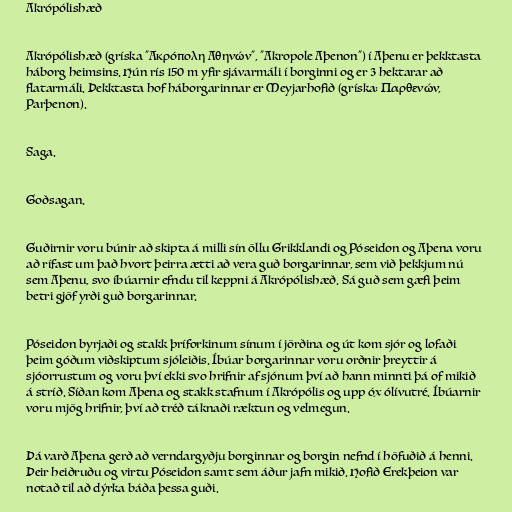
Akrópólishæð

Akrópólishæð (gríska "Ακρόπολη Αθηνών", "Akropole Aþenon") í Aþenu er þekktasta
háborg heimsins. Hún rís 150 m yfir sjávarmáli í borginni og er 3 hektarar að
flatarmáli. Þekktasta hof háborgarinnar er Meyjarhofið (gríska: Παρθενών,
Parþenon).

Saga.

Goðsagan.

Guðirnir voru búnir að skipta á milli sín öllu Grikklandi og Póseidon og Aþena voru
að rífast um það hvort þeirra ætti að vera guð borgarinnar, sem við þekkjum nú
sem Aþenu, svo íbúarnir efndu til keppni á Akrópólishæð. Sá guð sem gæfi þeim
betri gjöf yrði guð borgarinnar.

Póseidon byrjaði og stakk þríforkinum sínum í jörðina og út kom sjór og lofaði
þeim góðum viðskiptum sjóleiðis. Íbúar borgarinnar voru orðnir þreyttir á
sjóorrustum og voru því ekki svo hrifnir af sjónum því að hann minnti þá of mikið
á stríð. Síðan kom Aþena og stakk stafnum í Akrópólis og upp óx ólívutré. Íbúarnir
voru mjög hrifnir, því að tréð táknaði ræktun og velmegun.

Þá varð Aþena gerð að verndargyðju borginnar og borgin nefnd í höfuðið á henni.
Þeir heiðruðu og virtu Póseidon samt sem áður jafn mikið. Hofið Erekþeion var
notað til að dýrka báða þessa guði.